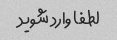
لطفا وارد شوید